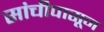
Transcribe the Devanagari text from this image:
सांचीपासून